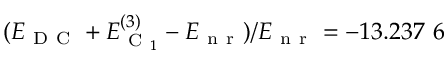
( E _ { \mathrm { ~ D ~ C ~ } } + E _ { \mathrm { ~ C ~ } _ { 1 } } ^ { ( 3 ) } - E _ { \mathrm { ~ n ~ r ~ } } ) / E _ { \mathrm { ~ n ~ r ~ } } = - 1 3 . 2 3 7 \ 6